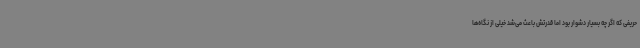
حریفی که اگر چه بسیار دشوار بود اما قدرتش باعث می‌شد خیلی از نگاه‌ها